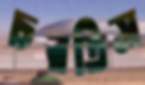
চরতিস